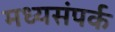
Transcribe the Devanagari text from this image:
मध्यसंपर्क